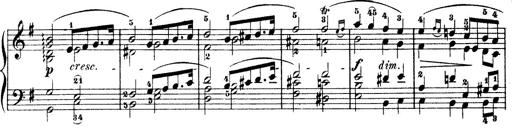
Title: Wagner-Liszt Album
Composer: Franz Liszt